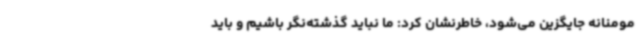
مومنانه جایگزین می‌شود، خاطرنشان کرد: ما نباید گذشته‌نگر باشیم و باید